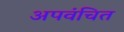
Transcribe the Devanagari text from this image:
अपवंचित